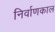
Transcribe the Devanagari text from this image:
निर्वाणकाल